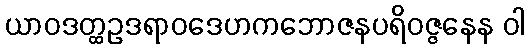
ယာဝဒတ္ထဥဒရာဝဒေဟကဘောဇနပရိဝဇ္ဇနေန ဝါ